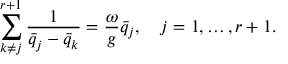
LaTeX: \sum _ { k \ne j } ^ { r + 1 } { \frac { 1 } { \bar { q } _ { j } - \bar { q } _ { k } } } = { \frac { \omega } { g } } \bar { q } _ { j } , \quad j = 1 , \ldots , r + 1 .